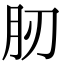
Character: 肕